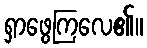
ရှာဖွေကြလေ၏။